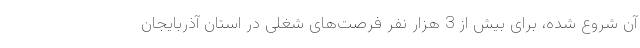
آن شروع شده، برای بیش از 3 هزار نفر فرصت‌های شغلی در استان آذربایجان